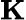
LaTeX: \mathbf{K}